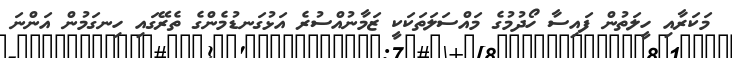
މަކަރާއި ހީލަތުން ފައިސާ ހޯދުމުގެ މައްސަލަތަކަކީ ޒަމާނުއްސުރެ އަޅުގަނޑުމެންގެ ތެރޭގައި ހިނގަމުން އަންނަ